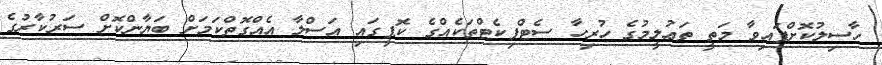
ހާސިލުކޮށްފައިވާ މަތީ ތަޢުލީމުގެ ހުރިހާ ސެޓްފިކެޓްތަކެއްގެ ކޮޕީގައި އަސްލާ އެއްގޮތްކަމަށް ބަޔާންކޮށް ސަރުކާރުގެ